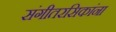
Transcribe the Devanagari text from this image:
संगीतरसिकांना